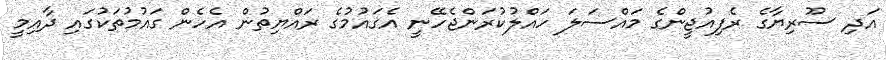
އަދި ސޫރިޔާގެ ރެފިއުޖީންގެ މައްސަލަ ހައްލުކުރަންޖެހޭނީ އެގައުމުގެ ރައްޔިތުން އެހެން ގައުމުތަކުގައި ދާއިމީ